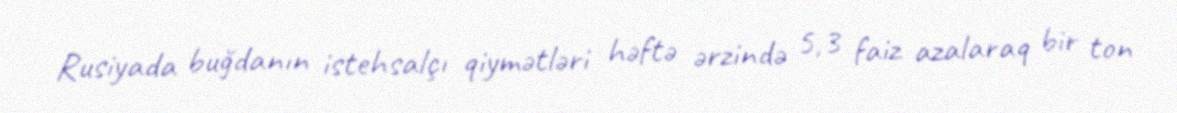
Rusiyada buğdanın istehsalçı qiymətləri həftə ərzində 5,3 faiz azalaraq bir ton